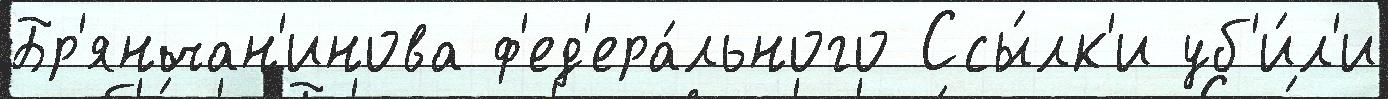
Бр'янчан'инова ф'ед'ера́льного Ссы́лк'и уб'и́л'и